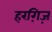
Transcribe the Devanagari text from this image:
हरग़िज़